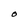
Character: O